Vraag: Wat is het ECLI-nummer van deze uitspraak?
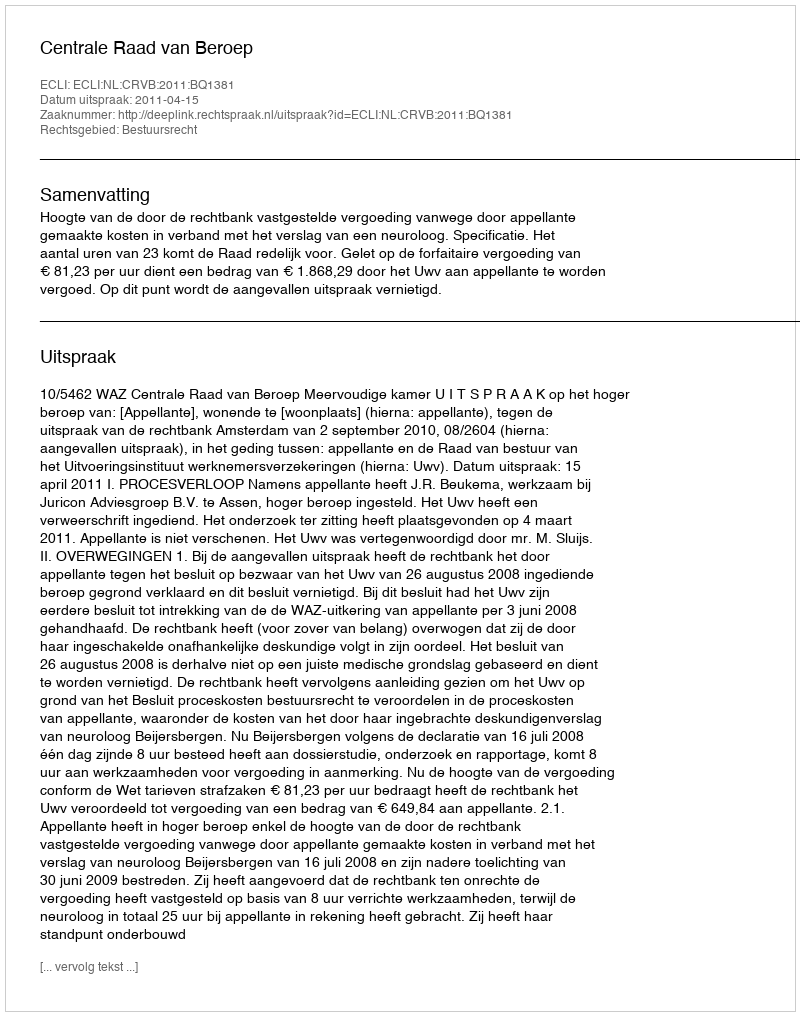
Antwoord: ECLI:NL:CRVB:2011:BQ1381